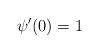
LaTeX: \begin{align*} \psi ' ( 0 ) = 1\end{align*}